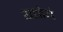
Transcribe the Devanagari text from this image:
यत्तोयं